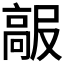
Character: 𱅺